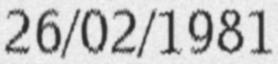
26/02/1981